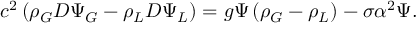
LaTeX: c ^ { 2 } \left( \rho _ { G } D \Psi _ { G } - \rho _ { L } D \Psi _ { L } \right) = g \Psi \left( \rho _ { G } - \rho _ { L } \right) - \sigma \alpha ^ { 2 } \Psi .